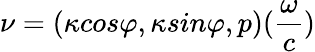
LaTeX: \mathbf{\nu}=({\kappa}cos{\varphi},{\kappa}sin{\varphi},p)(\frac{\omega}{c})